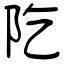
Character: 阣